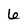
Character: 6